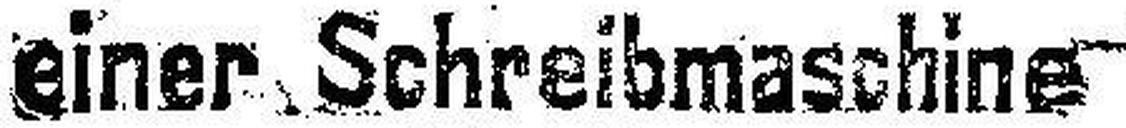
einer Schreibmaschine